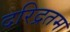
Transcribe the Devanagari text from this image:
दरिद्रतम